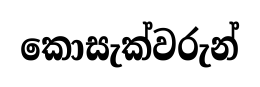
කොසැක්වරුන්